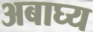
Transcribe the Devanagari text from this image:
अबाघ्य